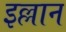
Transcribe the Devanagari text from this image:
इल्लान